Tezpur Lunatic Asylum reports 1877-1894 - 1877-1894
Year: 1877
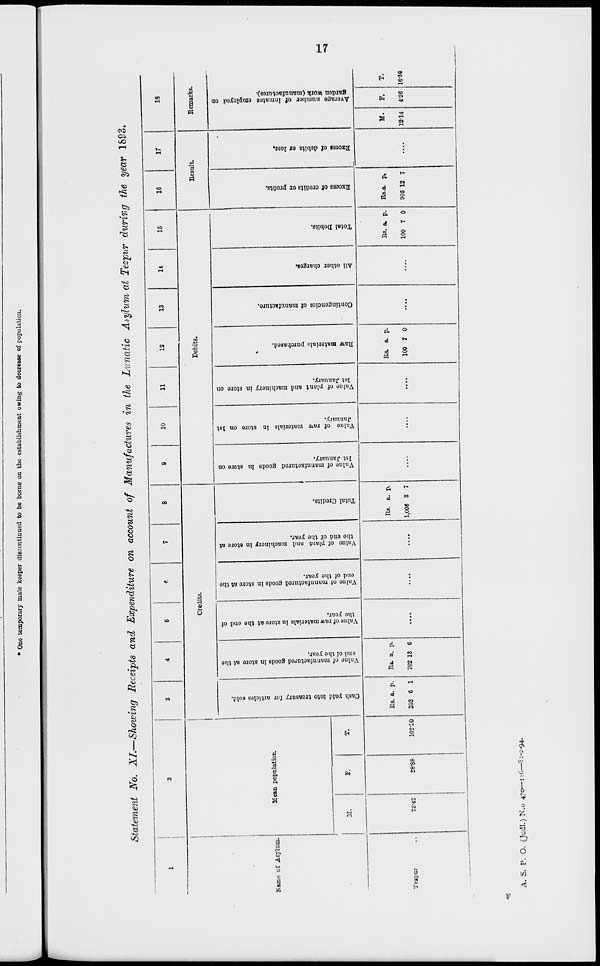
A
>
in
y
P
G
r.
b
I
10
a
9!
1
1
i
c
I
— —
«
w
§
s
M
*1
CO
CO
00
1
g
►9
c%
©
CO
w
w
o
p
>3
Cash paid into treasury for articlca sold.
w
M
o
w
M
f
Value of manufactured goods in store at the
CO
p
end of the year.
o>
•d
.
Valne of raw materials in store at the end of
the year.
o
Bi
:
Value of manufactured goods in store at the
end of the year.
.
Value of plant and machinery in store at
'
tho end of the year.
o
w
at
OS
p
Total Credits.
n
-4
•a
.
Value of manufactured goods in store on
1st January,
«0
Valuo of raw materials in store on lBt
January.
O
Value of plant and machinery in store on
1st January.
W
o
IP
fc)
•»
?
Raw materials purchased.
cr
to
o
"P
Contingencies of manufacture.
'
All other charges.
Mk
i P
~1
F
Total DebitB.
o
«d
o
»
to
p
ExceBS of credits or profits.
>q
"?
$
1
c
;
Excess of debits or loss.
to
«
Mk
W o
*?
>*}
Average number of inmates employed on
I
1
M
5
garden work (manufactures).
co
CD
s
s
11
ft
c-s.
a
ft.
g
k
s
&<
lS>.
o
r>
c&
•*?
CO
ft
I
ft.
8 s
c-f.
Co
ft
ft
*8
ft,
CO.
cr
C>3
o o
B
•8
1
o
o
B
E'
p
3
O
3
cr
o
5
w
ct
CU
co
•a
a